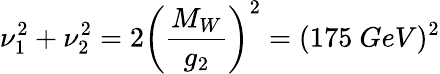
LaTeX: \nu_{1}^{2}+\nu_{2}^{2}=2\left(\frac{M_{W}}{g_{2}}\right)^{2}=(175\ GeV)^{2}